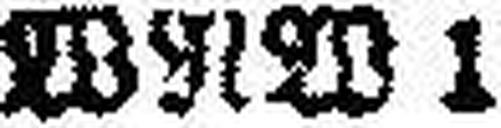
WNW 1